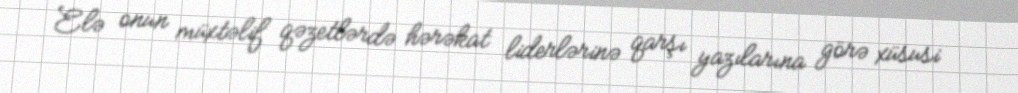
Elə onun müxtəlif qəzetlərdə hərəkat liderlərinə qarşı yazılarına görə xüsusi